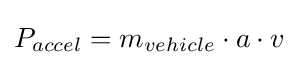
{P_{accel}=m_{vehicle}\cdot a\cdot v}